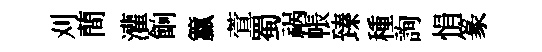
刈蕳灌餉籯萱蜀祸帳臻種詢悁篆